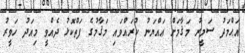
އަޙްމަދު ސަމީރު މަޤާމަށް ޢައްޔަނު ކުރައްވައި މަޤާމުގެ ފަތްކޮޅު ދެއްވީ މިއަދު ހަވީރު